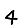
Digit: 4